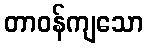
တာဝန်ကျသော